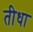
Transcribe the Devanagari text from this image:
तीधा